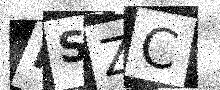
Text: FSZC